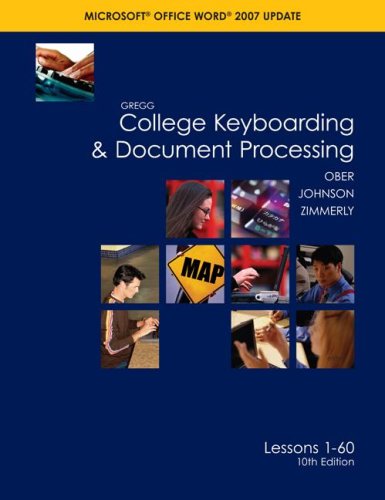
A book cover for Gregg College Keyboarding & Document Processing (GDP), Word 2007 Update, Kit 1, Lesson 1-60 w/Home Software 2.0; Scot Ober; Business & Money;